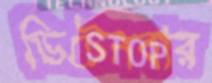
ডিটেনবার